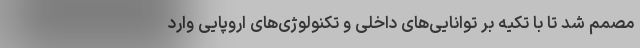
مصمم شد تا با تکیه بر توانایی‌های داخلی و تکنولوژی‌های اروپایی وارد